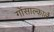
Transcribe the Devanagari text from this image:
गोंसाल्कार्ले